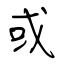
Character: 或